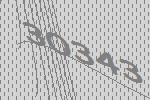
30343